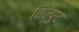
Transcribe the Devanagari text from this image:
तिल्पुट